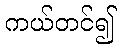
ကယ်တင်၍